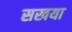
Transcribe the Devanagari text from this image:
सखया